Report on the cultivation and use of ganja
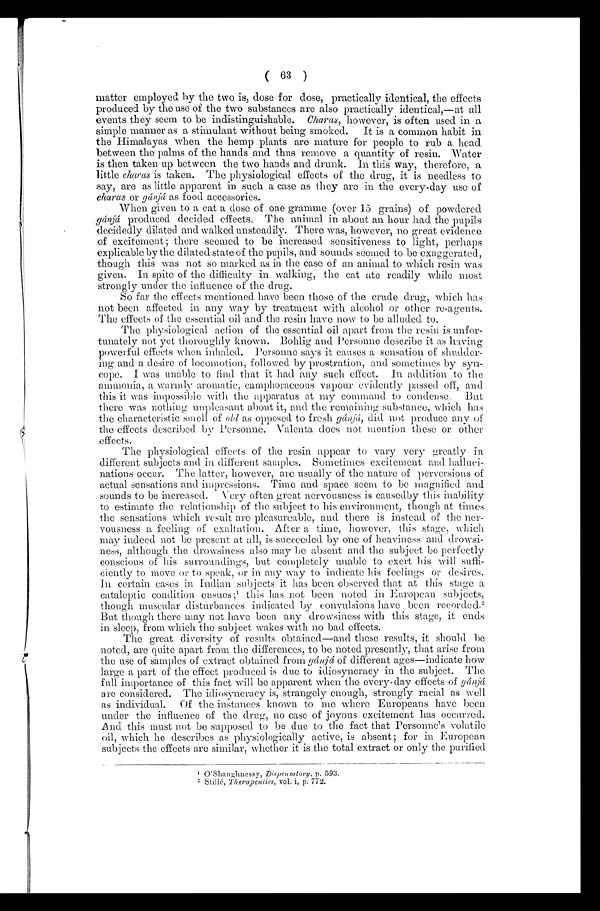
( 63 )
matter employed by the two is, dose for dose, practically identical, the effects
produced by the use of the two substances are also practically identical,—at all
events they seem to be indistinguishable. Charas, however, is often used in a
simple manner as a stimulant without being smoked. It is a common habit in
the Himalayas w hen the hemp plants are mature for people to rub a head
between the palms of the hands and thus remove a quantity of resin. Water
is then taken up between the two hands and drunk. In this way, therefore, a
little charas is taken. The physiological effects of the drug, it is needless to
say, are as little apparent in such a case as they are in the every-day use of
charas or gánjá as food accessories.
When given to a cat a dose of one gramme (over 15 grains) of powdered
gánjá produced decided effects. The animal in about an hour had the pupils
decidedly dilated and walked unsteadily. There was, however, no great evidence
of excitement ; there seemed to be increased sensitiveness to light, perhaps
explicable by the dilated state of the pupils, and sounds seemed to be exaggerated,
though this was not so marked as in the case of an animal to which resin was
given. In spite of the difficulty in walking, the cat ate readily while most
strongly under the influence of the drug.
So far the effects mentioned have been those of the crude drug, which has
not been affected in any way by treatment with alcohol or other re-agents.
The effects of the essential oil and the resin have now to be alluded to.
The physiological action of the essential oil apart from the resin is unfor-
tunately not yet thoroughly known. Bohlig and Personne describe it as having
powerful effects when inhaled. Personne says it causes a sensation of shudder-
ing and a desire of locomotion, followed by prostration, and sometimes by syn-
cope. I was unable to find that it had any such effect. In addition to the
ammonia, a warmly aromatic, camphoraceous vapour evidently passed off, and
this it was impossible with the apparatus at my command to condense. But
there was nothing unpleasant about it, and the remaining substance, which has
the characteristic smell of old as opposed to fresh gánjá, did not produce any of
the effects described by Personne. Valenta, does not mention these or other
effects.
The physiological effects of the resin appear to vary very greatly in
different subjects and in different samples. Sometimes excitement and halluci-
nations occur. The latter, however, are usually of the nature of perversions of
actual sensations and impressions. Time and space seem to be magnified and
sounds to be increased. Very often great nervousness is causedby this inability
to estimate the relationship of the subject to his environment, though at times
the sensations which result are pleasureable, and there is instead of the ner-
vousness a feeling of exaltation. After a time, however, this stage, which
may indeed not be present at all, is succeeded by one of heaviness and drowsi-
ness, although the drowsiness also may be absent and the subject be perfectly
conscious of his surroundings, but completely unable to exert his will suffi-
ciently to move or to speak, or in any way to indicate his feelings or desires.
In certain cases in Indian subjects it has been observed that at this stage a
cataleptic condition ensues ; 1 this has not been noted in European subjects,
though muscular disturbances indicated by convulsions have been recorded. 2
But though there may not have been any drowsiness with this stage, it ends
in sleep, from which the subject wakes with no bad effects.
The great diversity of results obtained—and these results, it should be
noted, are quite apart from the differences, to be noted presently, that arise from
the use of samples of extract obtained from gánjá of different ages—indicate how
large a part of the effect produced is due to idiosyncracy in the subject. The
full importance of this fact will be apparent when the every-day effects of gánjá
are considered. The idiosyncracy is, strangely enough, strongly racial as well
as individual. Of the instances known to me where Europeans have been
under the influence of the drug, no case of joyous excitement has occurred.
And this must not be supposed to be due to the fact that Personne's volatile
oil, which he describes as physiologically active, is absent; for in European
subjects the effects are similar, whether it is the total extract or only the purified
1 O'Shaughnessy, Dispensatory, p. 593.
2 Stillé, Therapeutics, vol. i, p. 772.